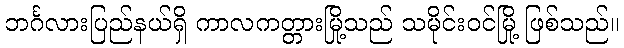
ဘင်္ဂလားပြည်နယ်ရှိ ကာလကတ္တားမြို့သည် သမိုင်းဝင်မြို့ ဖြစ်သည်။